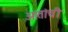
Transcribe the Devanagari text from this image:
आतांची